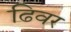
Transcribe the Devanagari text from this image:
ढिवर